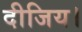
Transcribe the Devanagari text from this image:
दीजिय।